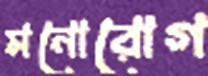
মনোরোগ